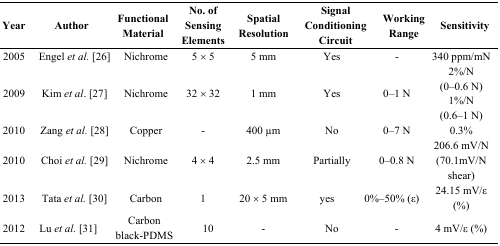
| Year | Author | Functional Material | No. of Sensing Elements | Spatial Resolution | <COLSPAN=2> Signal Conditioning Circuit | Working Range | <COLSPAN=2> Sensitivity |
 | --- | --- | --- | --- | --- | --- | --- | --- | --- | --- |
 | 2005 | Engel et al. [26] | Nichrome | 5 × 5 | 5 mm | <COLSPAN=2> Yes | - | <COLSPAN=2> 340 ppm/mN |
 | 2009 | Kim et al. [27] | Nichrome | 32 × 32 | 1 mm | <COLSPAN=2> Yes | 0–1 N | <COLSPAN=2> 2%/N (0–0.6 N) 1%/N(0.6–1 N) |
 | 2010 | Zang et al. [28] | Copper | - | 400 μm | <COLSPAN=2> No | 0–7 N | <COLSPAN=2> 0.3% |
 | 2010 | Choi et al. [29] | Nichrome | 4 × 4 | 2.5 mm | <COLSPAN=2> Partially | 0–0.8 N | <COLSPAN=2> 206.6 mV/N (70.1mV/N shear) |
 | 2013 | Tata et al. [30] | Carbon | 1 | 20 × 5 mm | <COLSPAN=2> yes | 0%–50% (ε) | <COLSPAN=2> 24.15 mV/ε (%) |
 | 2012 | Lu et al. [31] | Carbon black-PDMS | 10 | <COLSPAN=2> - | No | <COLSPAN=2> - | 4 mV/ε (%) |